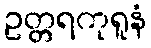
ဥတ္တရကုရူနံ